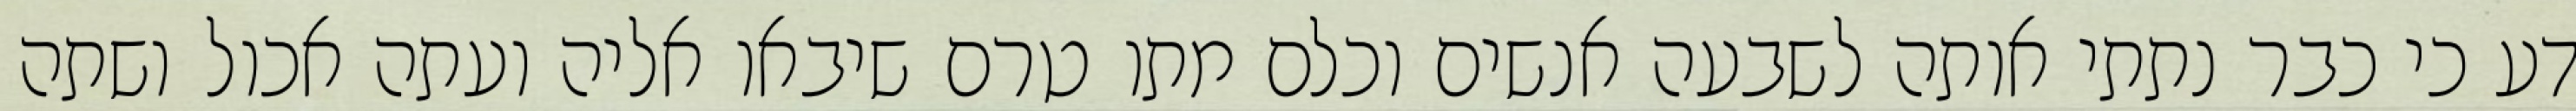
דע כי כבר נתתי אותה לשבעה אנשים וכלם מתו טרם שיבאו אליה ועתה אכול ושתה